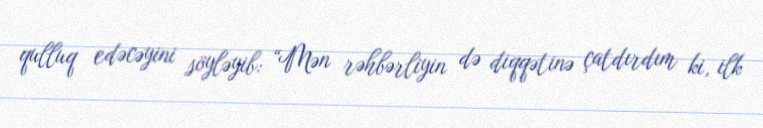
qulluq edəcəyini söyləyib: “Mən rəhbərliyin də diqqətinə çatdırdım ki, ilk